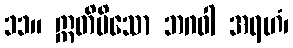
၁၁။ ဣတိပိသော ဘဂဝါ အရဟံ၊